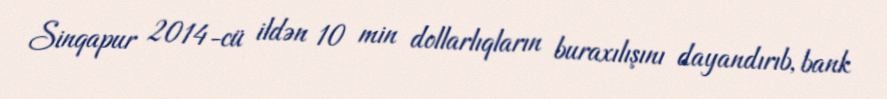
Sinqapur 2014-cü ildən 10 min dollarlıqların buraxılışını dayandırıb, bank